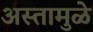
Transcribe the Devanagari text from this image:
अस्तामुळे